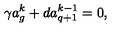
\gamma a _ { g } ^ { k } + d a _ { q + 1 } ^ { k - 1 } = 0 ,